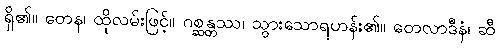
ရှိ၏။ တေန၊ ထိုလမ်းဖြင့်။ ဂစ္ဆန္တဿ၊ သွားသောရဟန်း၏။ တေလာဒီနံ၊ ဆီ